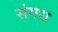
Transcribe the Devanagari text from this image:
संगध